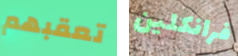
تعقبهم فرانكلين